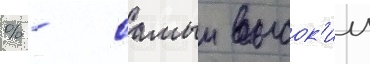
% - самыи высок'ии